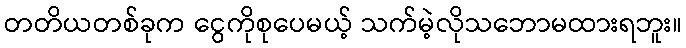
တတိယတစ်ခုက ငွေကိုစုပေမယ့် သက်မဲ့လိုသဘောမထားရဘူး။